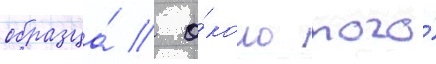
образца́ / о́коло того́